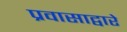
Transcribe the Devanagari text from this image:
प्रवासाद्वारे